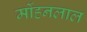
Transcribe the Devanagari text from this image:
र्मोहनलाल